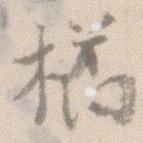
橘